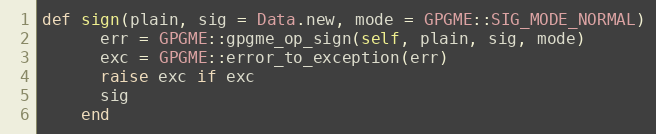
Language: Ruby
def sign(plain, sig = Data.new, mode = GPGME::SIG_MODE_NORMAL)
      err = GPGME::gpgme_op_sign(self, plain, sig, mode)
      exc = GPGME::error_to_exception(err)
      raise exc if exc
      sig
    end